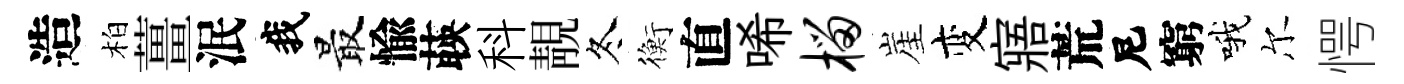
造柏薑泯我最愉𦴤科靚冬衡直唏榴崖变寤荒尼窮哦尔愕